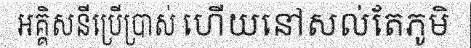
អគ្គិសនីប្រើប្រាស់ ហើយនៅសល់តែភូមិ